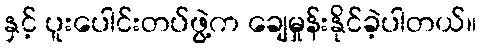
နှင့် ပူးပေါင်းတပ်ဖွဲ့က ချေမှုန်းနိုင်ခဲ့ပါတယ်။